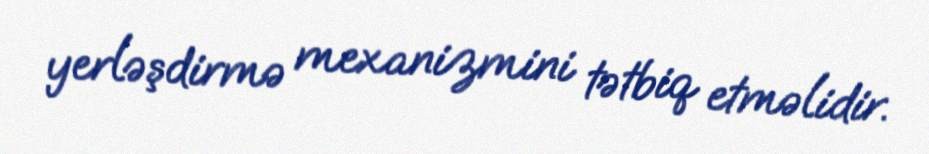
yerləşdirmə mexanizmini tətbiq etməlidir.